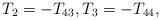
LaTeX: \begin{align*}T_2=-T_{43},T_3=-T_{44},\end{align*}